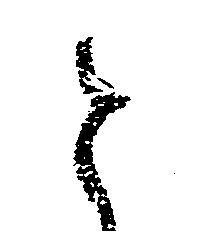
と